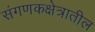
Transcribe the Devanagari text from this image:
संगणकक्षेत्रातील